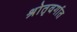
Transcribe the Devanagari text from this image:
श्रोतृवर्गात